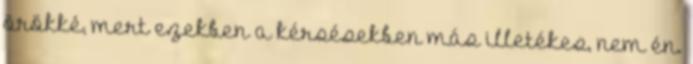
örökké, mert ezekben a kérsésekben más illetékes, nem én.